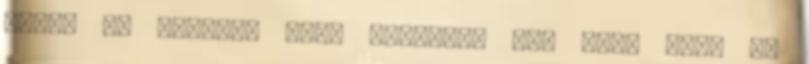
ölelt át egyszer csak hátulról két erős kar, az